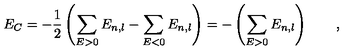
E _ { C } = - \frac { 1 } { 2 } \left( \sum _ { E > 0 } E _ { n , l } - \sum _ { E < 0 } E _ { n , l } \right) = - \left( \sum _ { E > 0 } E _ { n , l } \right) \qquad ,